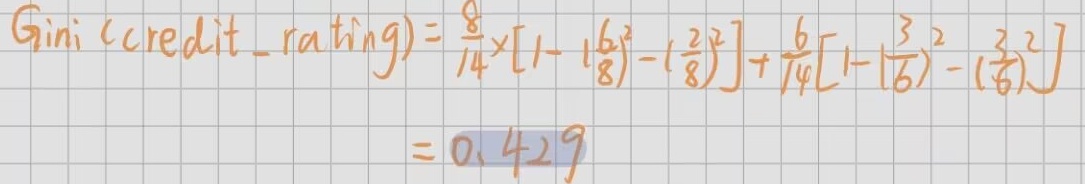
\(\text{Gini}(\text{credit\_rating}) = \frac{8}{14}\times\left[1 - \left(\frac{6}{8}\right)^2 - \left(\frac{2}{8}\right)^2\right] + \frac{6}{14}\left[1 - \left(\frac{3}{6}\right)^2 - \left(\frac{3}{6}\right)^2\right]= 0.429\)